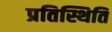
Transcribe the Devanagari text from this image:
प्रतिस्थिति